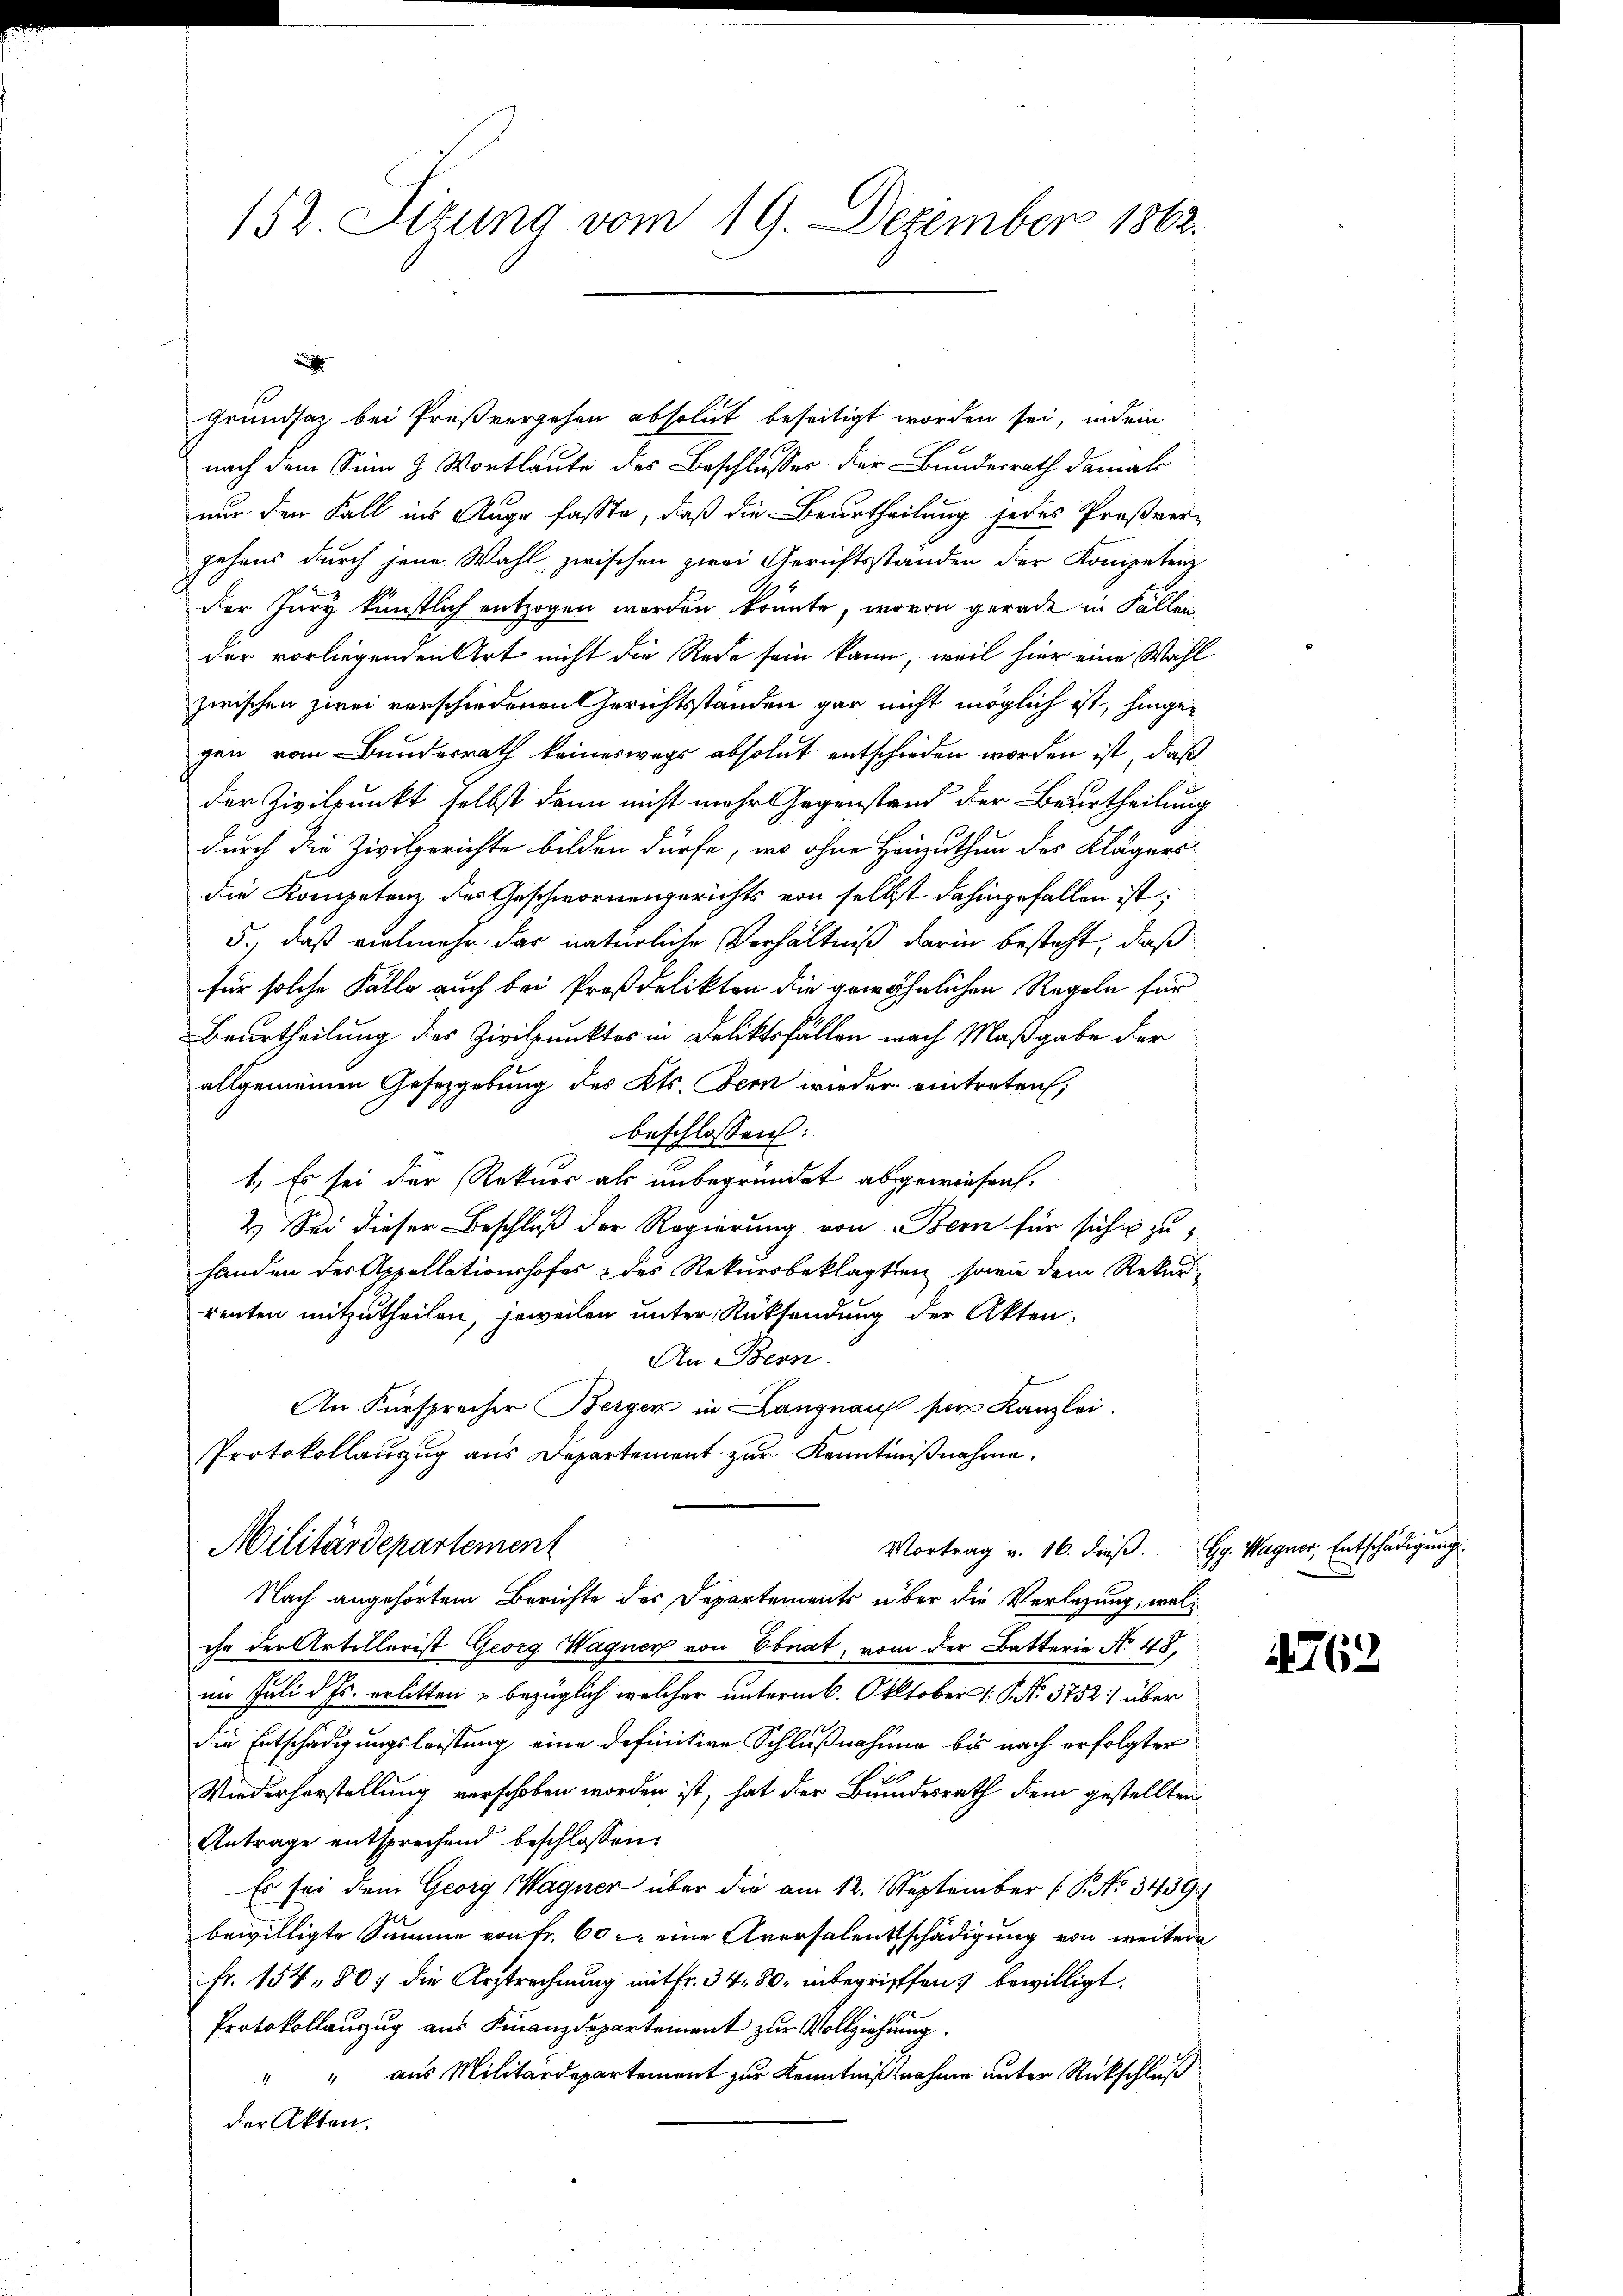
152. Sizung vom 19. Dezember 1862.

Grundsaz bei Preßvergehen absolut beseitigt worden sei, indem
nach dem Sinn z. Wortlaute des Beschlusses der Bundesrath damal
nur den Fall ins Auge fasste, daß die Beurtheilung jedes Proßvergehens durch jene Wahl zwischen zwei Gerichtsstanden der Kompetenz
der Jury künstlich entzogen werden könnte, wovon gerade in Fällen
der vorliegenden Art nicht die Rede sein kann, weil hier eine Wahl
zwischen zwei verschiedenen Gerichtsständen gar nicht möglich ist, hingegen vom Bundesrath keineswegs absolut entschieden worden ist, daß
der Zivilpunkt selbst dann nicht mehr Gegenstand der Beurtheilung
durch die Zivilgerichte bilden dürfe, wo ohne Heizuthun des Klägers
die Kompetenz der Geschwornengerichts von selbst dahingefallen ist;
5.), daß vielmehr das natürliche Verhältniß darin besteht, daß
für solche Fälle auch bei Proßdelikten die gewöhnlichen Regeln für
Beurtheilung des Zivilpunktes in Deliktsfällen nach Maßgabe der
allgemeinen Gesetzgebung des Kts. Fern wieder eintreten;
beschlossen:
1. Es sei der Rekurs als unbegründet abgewiesen.
2.) Sei dieser Beschluß der Regierung von Bern für sich & zu
handen des Appellationshofes & des Rekursbeklagten, sowie dem Rekur-
renten mitzutheilen, jeweilen unter Rücksendung der Akten.
An Bern.
An. Fürsprecher Berger in Langnauf sei Kanzlei.
Protokollauszug aus Departement zur Kenntnißnahme.
Militärdepartement
Mortrag v. 16. dieβ. Gg. Wagner, Entschädigung
Nach angehörtem Berichte des Departements über die Verlegung, welihr der Artillerist Georg Wagner von Ebnat, vom der Batterie No. 48,
im Juli d. Js. erlitten u bezüglich welcher unterm 6. Oktober 1. No. 3752) über
die Entschädigungsleistung eine definitive Schlußnahme bis nach erfolgter
Wiederhorstellung verschoben worden ist, hat der Bundesrath dem gestellten
Antrage entsprechend beschlossen:
Es sei dem Georg Wagner über die am 12. September (P. No 3439.
bewilligte Summe von fr. 60 eine Aversalentschädigung von weitere
Fr. 154, 80 die Arztrechnung mit fr. 34, 80, inbegriffen bewilligt.
Protokollauszug aus Finanzdepartement zur Vollziehung.
" " aus Militärdepartement zur Kenntnißnahme unter Rückschluß
der Akten.

4762